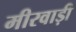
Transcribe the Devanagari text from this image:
मीरवाड़ी